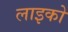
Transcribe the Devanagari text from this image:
लाइको